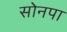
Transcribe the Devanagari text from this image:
सोनपा